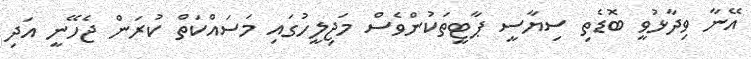
އޭނާ ވިދާޅުވީ ބޮޑެތި ސިޔާސީ ޕާޓީތަކުންވެސް މަޖިލީހުގައި މަސައްކަތް ކުރަން ޖެހޭނީ އަދި